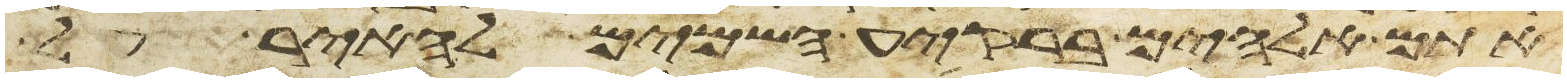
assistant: אתם אלהים ברקיע השמים להאיר על